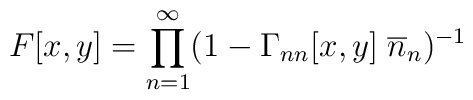
F[x,y] = \prod^\infty_{n=1} (1-\Gamma_{nn}[x,y] \; \overline{n}_n)^{-1}